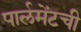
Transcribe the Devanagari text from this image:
पार्लमेंटची